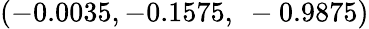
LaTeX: \left(-0.0035,-0.1575,\ -0.9875\right)